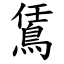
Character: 鵀